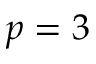
p = 3